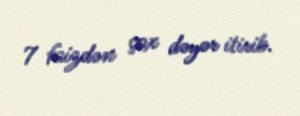
7 faizdən çox dəyər itirib.